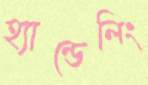
হ্যান্ডেলিং